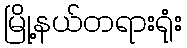
မြို့နယ်တရားရုံး